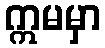
ဣမမှာ